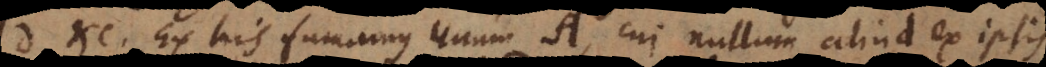
D etc. Ex his sumamus unum A, cui nullum aliud ex ipsis